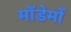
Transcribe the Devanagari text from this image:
मॉडेमों